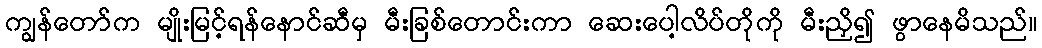
ကျွန်တော်က မျိုးမြင့်ရန်နောင်ဆီမှ မီးခြစ်တောင်းကာ ဆေးပေါ့လိပ်တိုကို မီးညှိ၍ ဖွာနေမိသည်။